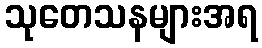
သုတေသနများအရ